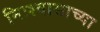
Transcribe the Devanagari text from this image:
निःश्वासाच्या